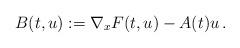
LaTeX: \begin{align*}B(t,u):=\nabla_x F(t,u)-A(t)u\,.\end{align*}